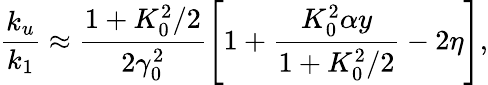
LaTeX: \frac{k_{u}}{k_{1}}\approx\frac{1+K_{0}^{2}/2}{2\gamma_{0}^{2}}\left[1+\frac{K_{0}^{2}\alpha y}{1+K_{0}^{2}/2}-2\eta\right],